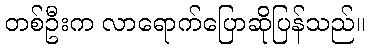
တစ်ဦးက လာရောက်ပြောဆိုပြန်သည်။